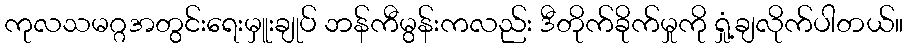
ကုလသမဂ္ဂအတွင်းရေးမှူးချုပ် ဘန်ကီမွန်းကလည်း ဒီတိုက်ခိုက်မှုကို ရှုံ့ချလိုက်ပါတယ်။